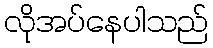
လိုအပ်နေပါသည်